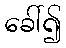
ခေါ်၍